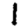
Digit: 1